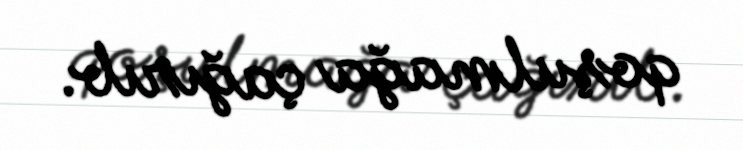
qoşulmağa çağırıb.